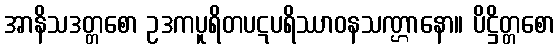
အာနိသဒတ္တစော ဥဒကပူရိတပဋပရိဿာဝနသဏ္ဌာနော။ ပိဋ္ဌိတ္တစော